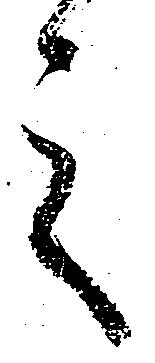
言